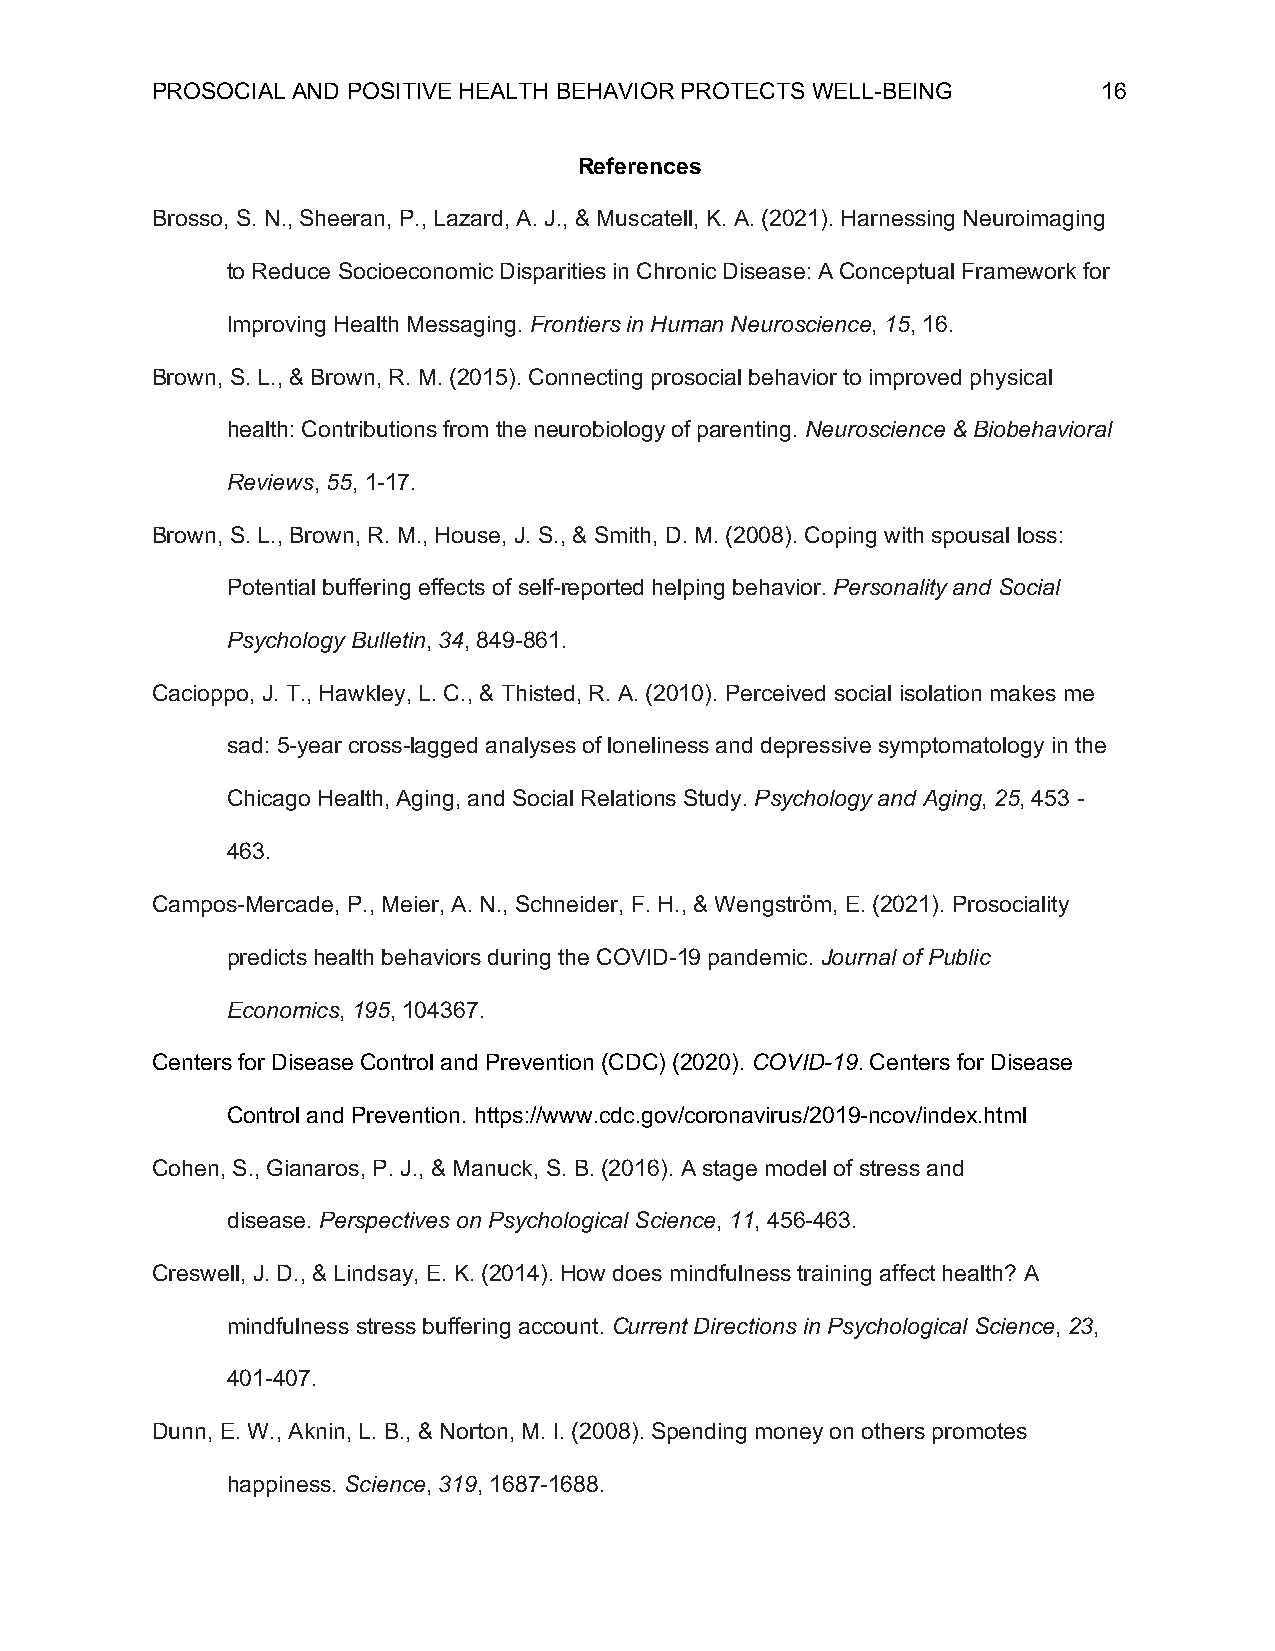
PROSOCIAL AND POSITIVE HEALTH BEHAVIOR PROTECTS WELL-BEING     16
 References
 Brosso, S. N., Sheeran, P., Lazard, A. J., & Muscatell, K. A. (2021). Harnessing Neuroimaging
 to Reduce Socioeconomic Disparities in Chronic Disease: A Conceptual Framework for
 Improving Health Messaging. Frontiers in Human Neuroscience, 15, 16.
 Brown, S. L., & Brown, R. M. (2015). Connecting prosocial behavior to improved physical
 health: Contributions from the neurobiology of parenting. Neuroscience & Biobehavioral
 Reviews, 55, 1-17.
 Brown, S. L., Brown, R. M., House, J. S., & Smith, D. M. (2008). Coping with spousal loss:
 Potential buffering effects of self-reported helping behavior. Personality and Social
 Psychology Bulletin, 34, 849-861.
 Cacioppo, J. T., Hawkley, L. C., & Thisted, R. A. (2010). Perceived social isolation makes me
 sad: 5-year cross-lagged analyses of loneliness and depressive symptomatology in the
 Chicago Health, Aging, and Social Relations Study. Psychology and Aging, 25, 453 -
 463.
 Campos-Mercade, P., Meier, A. N., Schneider, F. H., & Wengström, E. (2021). Prosociality
 predicts health behaviors during the COVID-19 pandemic. Journal of Public
 Economics, 195, 104367.
 Centers for Disease Control and Prevention (CDC) (2020). COVID-19. Centers for Disease
 Control and Prevention. https://www.cdc.gov/coronavirus/2019-ncov/index.html
 Cohen, S., Gianaros, P. J., & Manuck, S. B. (2016). A stage model of stress and
 disease. Perspectives on Psychological Science, 11, 456-463.
 Creswell, J. D., & Lindsay, E. K. (2014). How does mindfulness training affect health? A
 mindfulness stress buffering account. Current Directions in Psychological Science, 23,
 401-407.
 Dunn, E. W., Aknin, L. B., & Norton, M. I. (2008). Spending money on others promotes
 happiness. Science, 319, 1687-1688.